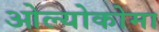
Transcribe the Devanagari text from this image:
ओल्योकोमा